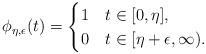
LaTeX: \begin{align*} \phi_{\eta,\epsilon}(t) = \begin{cases} 1 & t \in [0,\eta], \\ 0 & t \in [\eta+\epsilon,\infty). \end{cases}\end{align*}